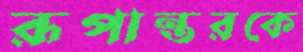
রূপান্তরকে